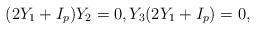
LaTeX: \begin{align*}(2Y_1+I_p)Y_2=0, Y_3 (2Y_1+I_p)=0,\end{align*}